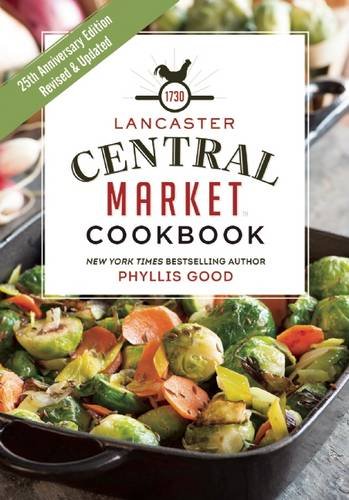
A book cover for Lancaster Central Market Cookbook: 25th Anniversary Edition; Phyllis Good; Cookbooks, Food & Wine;